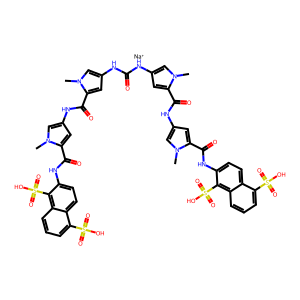
SMILES: Cn1cc(NC(=O)Nc2cc(C(=O)Nc3cc(C(=O)Nc4ccc5c(S(=O)(=O)O)cccc5c4S(=O)(=O)O)n(C)c3)n(C)c2)cc1C(=O)Nc1cc(C(=O)Nc2ccc3c(S(=O)(=O)O)cccc3c2S(=O)(=O)O)n(C)c1.[Na+]
Inhibits HIV replication: Yes